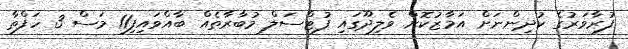
ފުރާވަރުގެ ކުދިންނަށް އަމާޒުކޮށް ވެލިދޫގައި ފުޓްސަލް މުބާރާތެއް ބާއްވައިފި11 މަސް 3 ހަފްތާ